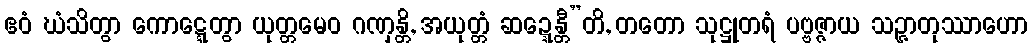
ဧဝံ ဃံသိတွာ ကောဋ္ဋေတွာ ယုတ္တမေဝ ဂဏှန္တိ, အယုတ္တံ ဆဍ္ဍေန္တီ”တိ, တတော သုဋ္ဌုတရံ ပဗ္ဗဇ္ဇာယ သဉ္ဇာတုဿာဟော